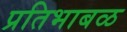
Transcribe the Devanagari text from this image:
प्रतिभाबळ